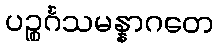
ပဉ္စင်္ဂသမန္နာဂတေ